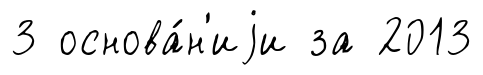
3 основа́н'иjи за 2013